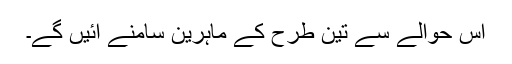
اس حوالے سے تین طرح کے ماہرین سامنے آئیں گے۔